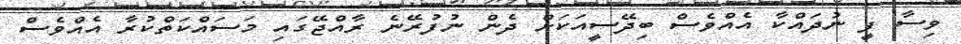
ވިސާ ފީ ނުދައްކާ އެއްވެސް ބިދޭސީއަކަށް ދެން ނުފުރޭނެ ރާއްޖޭގައި މަސައްކަތްކުރާ އެއްވެސް